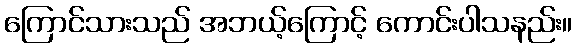
ကြောင်သားသည် အဘယ့်ကြောင့် ကောင်းပါသနည်း။